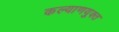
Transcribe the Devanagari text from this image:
कल्याणयुक्त